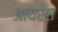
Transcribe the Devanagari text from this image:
आयरेस